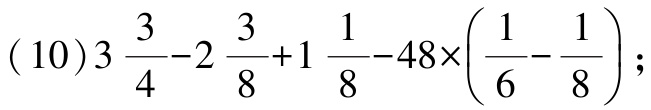
\((10)3\frac{3}{4}-2\frac{3}{8}+1\frac{1}{8}-48\times(\frac{1}{6}-\frac{1}{8});\)